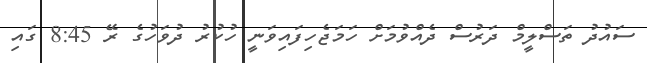
ސައުދު ތަސްލީމް ދަރުސް ދެއްވުމަށް ހަމަޖެހިފައިވަނީ ހުކުރު ދުވަހުގެ ރޭ 8:45 ގައި